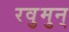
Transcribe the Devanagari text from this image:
रवुुमुन्